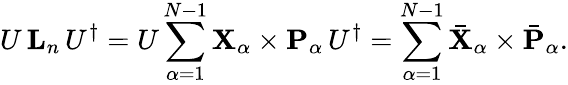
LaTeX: U\, {\mathbf{L}}_{n}\, U^{\dagger}=U\sum_{\alpha=1}^{N-1}{\mathbf{X}}_{\alpha}\times{\mathbf{P}}_{\alpha}\, U^{\dagger}=\sum_{\alpha=1}^{N-1}\bar{\mathbf{X}}_{\alpha}\times\bar{\mathbf{P}}_{\alpha}.